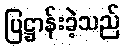
ပြဋ္ဌာန်းခဲ့သည်